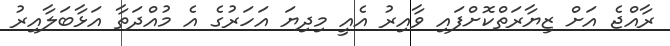
ރާއްޖެ އަށް ޒިޔާރަތްކޮށްފައި ވާއިރު އެއީ މިދިޔަ އަހަރުގެ އެ މުއްދަތާ އަޅާބަލާއިރު